Annual report on the working of the lock hospitals in the North-Western Provinces and Oudh
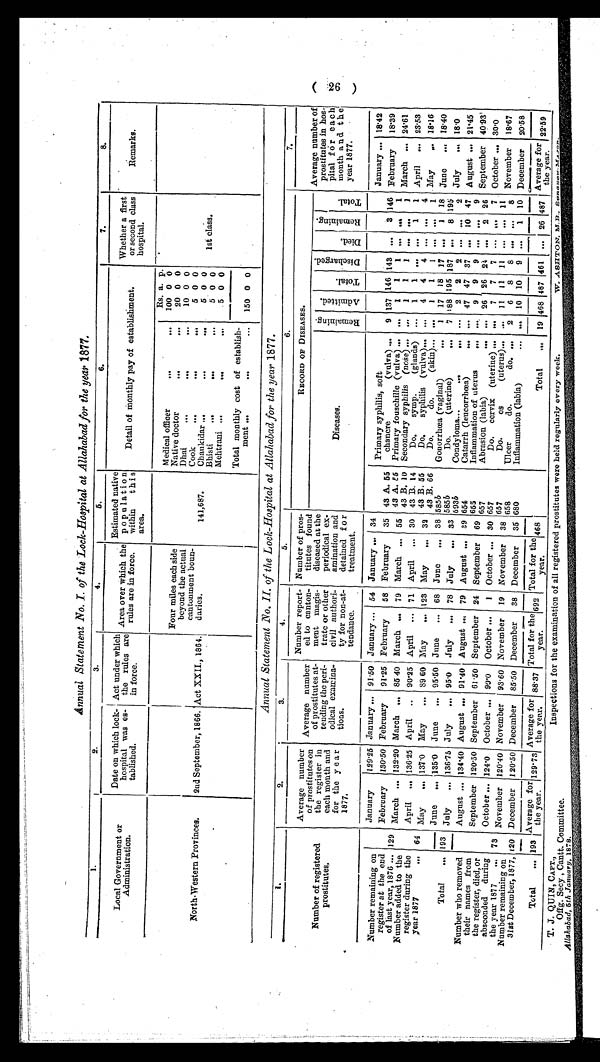
Annual Statement .No. I. of the Lock-Hospital at Allahabad for the year 1877,
1.
l
_2.
3.
4.
5.
6.
6 .
7.
8.
Local Government or
Administration.
Date on which lock-
hospital was es-
tablished.
Act under which
the rules are
in force.
Area over which the
rules are in force.
Estimated native
p o p u la t i o n
within
this
area.
Detail of Monthly pay of establishment.
"Whether a first
or second class
hospital.
.
.
Remarks.
No r t h - We s t e r n Provinces.
2nd September, 1866. ' Act XXII., 1864.
Four miles each side
beyond the actual
cantonment boun-
daries.
141,687.
Rs. a. p.
.
'
1st class.
Medical officer
-
-
100 0 0
Native doctor
...
...
20 0 0
Dhai
-
...
. . .
10 0 0
Cook
.0 0
...
..
5 0 0
Cbankidar ...
. . .
. . .
5 0 0
Bhisti
.,.
. . .
...
5 0 0
Mehtrani ..,
.411
..,
5 0 0
Total monthly cost of establish-
ment ...
...
...
150 0 0
Annual Statement 1Vo. II. of the Lock-Hospital at Allahabad for the year 1877.
1.
.
2.
'
3.
4.
1
5.
6.
7.
Average number
1877,
of p
tions. l
exa
ty for non-at-
detained for
of prostitutes on
rd
.
prostitutes at-
ment magis-
diseased at the
t.;) `
by
Number of registered
the register in
a
d
Q. )
prostitutes in hos-
prostitutes
each mouth and
o
-4-?
a
. t e n d a n c e .
t r e a t m e n t .
g < 4 . H a g i i
P 4
E - I
I
Number report- Number of pros-
RECORD OF DISEASES.
Average number
ed to canton-
titutes found
Average number of
tending the peri-
trate or other
periodical ex-
.._,
Q)
pital fo r e a c h
odicamina-
civil
non
- amination an.
.,..! :' ,4 .-.4
.' c.
...4
month a nd t h e
for the y ear
a
Diseases
to
- - - - -
-.
o
2
rg
4 ,
. ,ǹ "
72 ,
El
.6.
year 1877.
.
Number remaining on
Primary syphilis, soft
January
12925 January ... 91 .50 January ... 54 January ... 34
January ... 18.42
register at the end
February
130 .50 February
9115 February
58 February
35 43 A. 55
chancre
(vulva) ...
9 137 146 143
...
3 146
February
18'39 ,
March ... 1320 March ... 85 40 March ... 79 March .
55
of last year, 1876 ... 1294
3 A. E5 Primary fousehille (vulva) -
..1
1
1
,..
...
1
. .
Number added to the
43 B. 10
Secondary syphilis (nose) ... ...
1
1
1
...
...
I
March ... 2461
register during the
April ,., 13615 April .. 90.25 April ... 71 April ... 30 43 B. 14
Do.
symp.
(glands) ...
1
1
...
-
1
1
April ... 2353
"'
64 May
... 137'0
May
... 89 60 May
... 123
May
year 1877„
43 B. 55
Do.
syphilis (vulva)...
...
4
4
4
-
...
4
„
*-
"
43 B. 66
Do.
do.
(skin)...
...
I
I
1
,..
...
1 may
,.. 18-16
- June
... 135 .0 June
... 9550 June
... 68 June
... 38 5855
Gonorrhoea (vaginal)1 17 18 17 ...
1
1 8 June
... 18'40
. . .
July
... 13615 July
...
95 .0 July
"8
July
33 5855 ,
. . .
78
Total
... 193
Do.
(uterine)
...
7 188 195 187
...
8 195
. . .
5 9 3 5
C o n d y l o m a . . .
. . .
„ ,
. . .
2 2 2 . . .
- 2 J u l y
. . .
1 8 . 0
Number who removed
August - 134'40 August ... 91'40 August ... 79 August ... 39 654
Catarrh (leucorrhooa)
... ... 47 47 37 ... 10 47 August ... 21 .45 1
their names from
655
Inflammation of uterus
9
9
9
...
...
9
the register, died, or
Abrasion (labia)
... ... 26 26 24 ...
2
26
September 120-50 September 61'50 September 24 September 69 657
September 40.93'
absconded during
October ... 124 .0 October - 90'0
October ...
1
October ... 30 657
Do.
cervix (uterine) ... ...
7
7
7
...
,..
7
October ... 30.0
November 120 .40 November 93 . 60 November 19 November 38 657
November 18'67
the year 1877
-
73Do
.
Os
(uterus)... ... 11 11 11 ... .., 11
Number remaining on
658
Ulcer
do.
do. ...
2
6
8
S
......8
31st December, 1877, 120 December 120-50 December 85 .50 December
38 December
35 680
Inflammation (labia)
... ... 10 10
9 ...
1 10 December 2058
_ _
........
Total
.. 193 1 the year.
'" the year.
year.
year.
i the year.
. n. nn.. --- --.- -..-... ...n-- ......... ear trin 41.2.nas
Average for 199 ,„ Average for 88,37 Total for the 692 Total for the 468
Average for
.
Total
,.. 19 468 487 461 ... 26 487 I
22.59
'tiV.. A STITO/sT,
T. J. QUIN, CAPT.,
Offg. Secy , Cantt. Committee.
Allahabad, 6th January, 1878.
Inspections for the examination of all registered prostitutes were held regularly every week.
- s rr, .